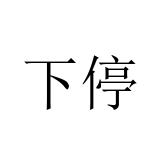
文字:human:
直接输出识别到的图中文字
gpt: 下停